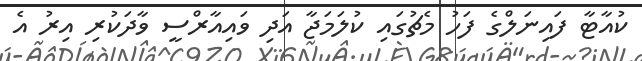
ކުއާޓާ ފައިނަލްގެ ފަހު މެޗުގައި ކުލަމަޖާ އަދި ވައިއާރްސީ ވާދަކުރި އިރު އެ